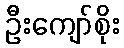
ဦးကျော်စိုး